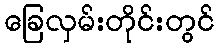
ခြေလှမ်းတိုင်းတွင်